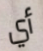
أي